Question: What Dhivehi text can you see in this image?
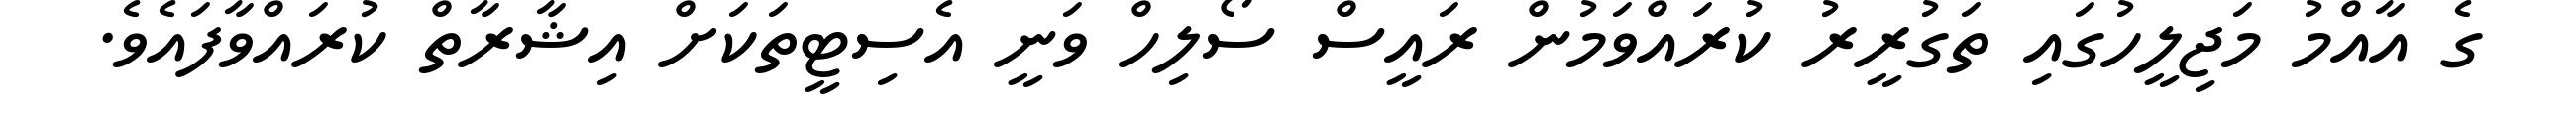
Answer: ގެ އާއްމު މަޖިލީހުގައި ތަގުރީރު ކުރައްވަމުން ރައީސް ސޯލިހް ވަނީ އެސިޓީތަކަށް އިޝާރާތް ކުރައްވާފައެވެ.